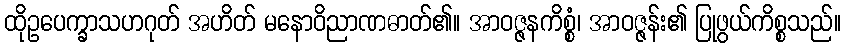
ထိုဥပေက္ခာသဟဂုတ် အဟိတ် မနောဝိညာဏဓာတ်၏။ အာဝဇ္ဇနကိစ္စံ၊ အာဝဇ္ဇန်း၏ ပြုဖွယ်ကိစ္စသည်။